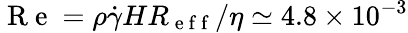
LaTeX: \mathrm{~R~e~}=\rho\dot{\gamma}HR_{\mathrm{~e~f~f~}}/\eta\simeq 4.8\times 10^{-3}